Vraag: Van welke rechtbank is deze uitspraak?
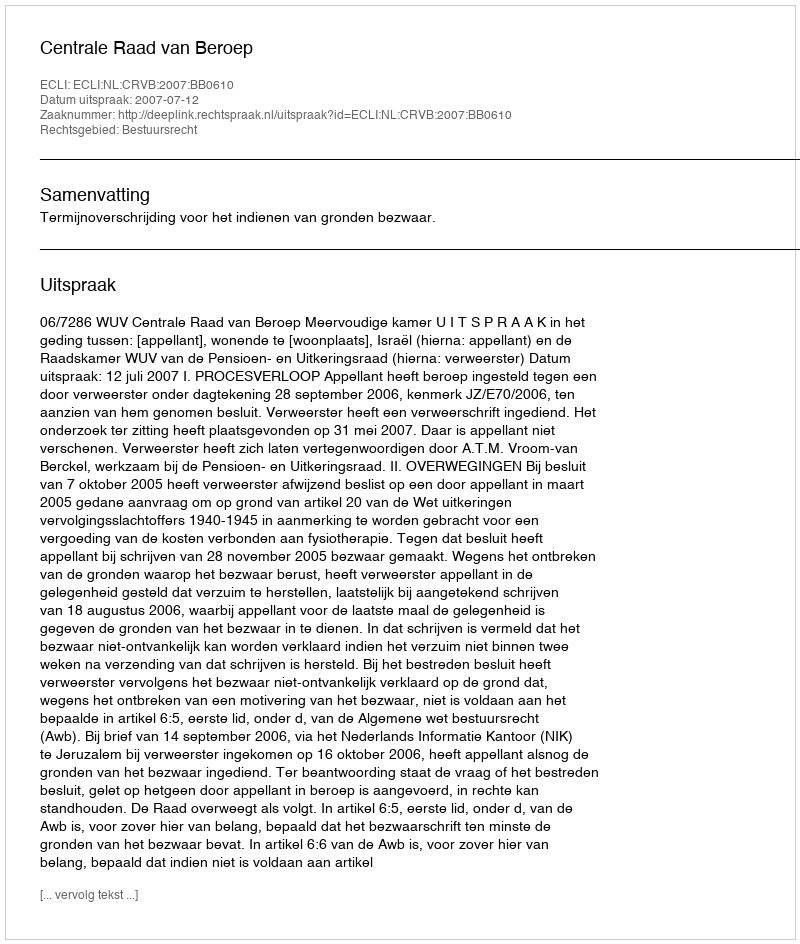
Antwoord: Centrale Raad van Beroep